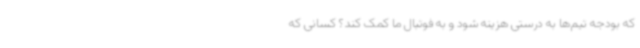
که بودجه تیم‌ها به درستی هزینه شود و به فوتبال ما کمک کند؟ کسانی که